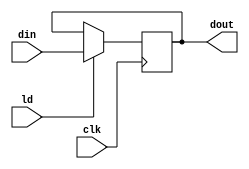
module PIPO1 ( dout , din , ld  , clk);
    input [15:0] din ;
    input ld , clk ;
    output reg [15:0] dout;

    always @ (posedge clk )
        if (ld) dout <= din ;
endmodule

module ADD (out , in1 , in2);
    input [15:0] in1 , in2 ;
    output reg [15 : 0 ] out ;

    always @ (*)
        out = in1 + in2 ;
endmodule

module  PIPO2 ( dout , din , ld , clr , clk );
    input [15:0] din ;
    input ld , clk , clr;
    output reg [15 : 0] dout ;

    always @(posedge clk)
        if(clr) dout <= 16'b0 ;
        else if (ld) dout <= din ;

endmodule

module EQZ ( eqz , data );
    input [15:0] data;
    output eqz;

    assign eqz = (data == 0) ;
endmodule

module CNTR (dout , din , ld , dec , clk);
    input [15:0] din ;
    input ld , dec , clk ;
    output reg [15:0] dout ;

    always @ ( posedge clk)
        if (ld) dout <= din ;
        else if (dec) dout <= dout - 1 ;
endmodule